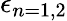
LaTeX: \epsilon_{n=1,2}